Annual administration report of the Civil Veterinary Department of India - 1895-1896
Year: 1895
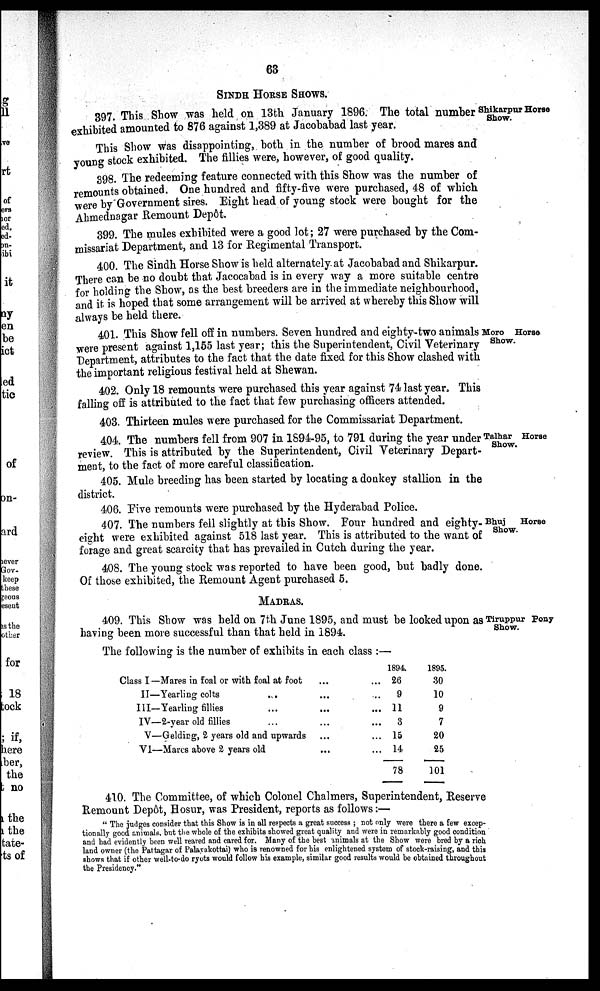
63
SINDH HORSE SHOWS.
Shikarpur Horse
Show.
397. This Show was held on 13th January 1896. The total number
exhibited amounted to 876 against 1,389 at Jacobabad last year.
This Show was disappointing, both in the number of brood mares and
young stock exhibited. The fillies were, however, of good quality.
398. The redeeming feature connected with this Show was the number of
remounts obtained. One hundred and fifty-five were purchased, 48 of which
were by Government sires. Eight head of young stock were bought for the
Ahmednagar Remount Depôt.
399. The mules exhibited were a good lot; 27 were purchased by the Com-
missariat Department, and 13 for Regimental Transport.
400. The Sindh Horse Show is held alternately at Jacobabad and Shikarpur.
There can be no doubt that Jacocabad is in every way a more suitable centre
for holding the Show, as the best breeders are in the immediate neighbourhood,
and it is hoped that some arrangement will be arrived at whereby this Show will
always be held there.
Moro Horse
Show.
401. This Show fell off in numbers. Seven hundred and eighty-two animals
were present against 1,155 last year; this the Superintendent, Civil Veterinary
Department, attributes to the fact that the date fixed for this Show clashed with
the important religious festival held at Shewan.
402. Only 18 remounts were purchased this year against 74 last year. This
falling off is attributed to the fact that few purchasing officers attended.
403. Thirteen mules were purchased for the Commissariat Department.
Talhar Horse
Show.
404. The numbers fell from 907 in 1894-95, to 791 during the year under
review. This is attributed by the Superintendent, Civil Veterinary Depart-
ment, to the fact of more careful classification.
405. Mule breeding has been started by locating a donkey stallion in the
district.
406. Five remounts were purchased by the Hyderabad Police.
Bhuj
Horse
Show.
407. The numbers fell slightly at this Show. Four hundred and eighty-
eight were exhibited against 518 last year. This is attributed to the want of
forage and great scarcity that has prevailed in Cutch during the year.
408. The young stock was reported to have been good, but badly done.
Of those exhibited, the Remount Agent purchased 5.
MADRAS.
Tiruppur Pony
Show.
409. This Show was held on 7th June 1895, and must be looked upon as
having been more successful than that held in 1894.
The following is the number of exhibits in each class :—
Class I —Mares in foal or with foal at foot ... ...
II —Yearling colts ... ... ...
III —Yearling fillies ... ... ...
IV —2-year old fillies ... ... ...
V —Gelding , 2 years old and upwards ... ...
VI —Mares above 2 years old ... ...
1894.
26
9
11
3
15
14
78
1895.
30
10
9
7
20
25
101
410. The Committee, of which Colonel Chalmers, Superintendent, Reserve
Remount Depôt, Hosur, was President, reports as follows:—
"The judges consider that this Show is in all respects a great success ; not only were there a few excep-
tionally good animals, but the whole of the exhibits showed great quality and were in remarkably good condition
and had evidently been well reared and cared for. Many of the best animals at the Show were bred by a rich
land owner (the Pattagar of Palayakottai) who is renowned for his enlightened system of stock-raising, and this
shows that if other well-to-do ryots would follow his example, similar good results would be obtained throughout
the Presidency."